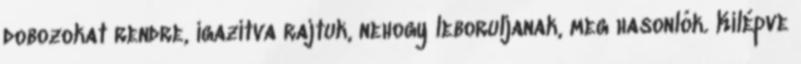
dobozokat rendre, igazítva rajtuk, nehogy leboruljanak, meg hasonlók. Kilépve